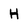
Character: H